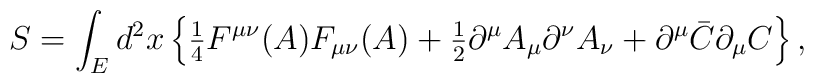
S = \int_E d^2x\, \Bigr\{\hbox{$\frac{1}{4}$} F^{\mu\nu}(A) F_{\mu\nu}(A) +\hbox{$\frac{1}{2}$} \partial^\mu A_\mu \partial^\nu A_\nu +\partial^\mu \bar{C} \partial_\mu C \Bigr\}\,,